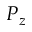
P _ { z }